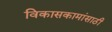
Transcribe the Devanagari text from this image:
विकासकामांसाठी